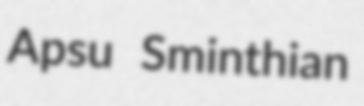
Apsu Sminthian